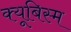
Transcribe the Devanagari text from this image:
क्यूबिस्म